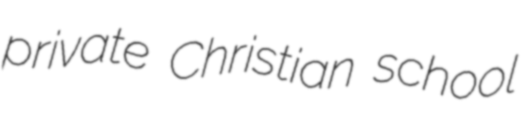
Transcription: private Christian school